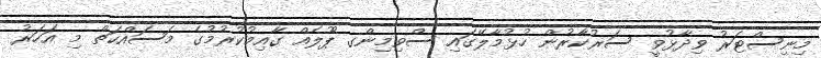
މިނިސްޓަރު ވިދާޅުވީ ސަރުކާރުން ހުޅުމާލޭގައި ސްވިމިންގ ޕޫލެއް ގާއިމުކުރުމުގެ މަސައްކަތް މި އަހަރު